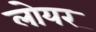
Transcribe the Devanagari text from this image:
लोयर